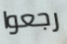
رجعوا